Sketch of the medical history of the native army of Bombay, for the year
Year: 1870
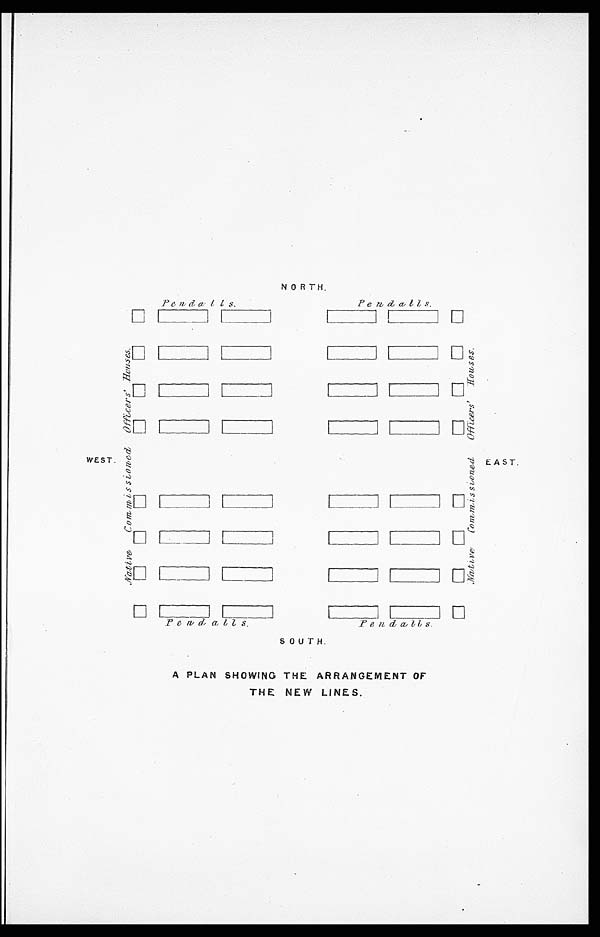
WEST.
EAST.
NORTH.
SOUTH.
A PLAN SHOWING THE ARRANGEMENT OF
THE NEW LINES.